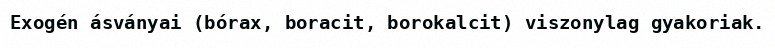
Exogén ásványai (bórax, boracit, borokalcit) viszonylag gyakoriak.